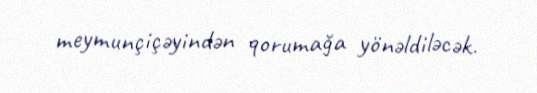
meymunçiçəyindən qorumağa yönəldiləcək.